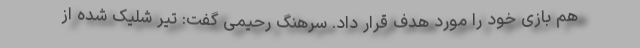
هم بازی خود را مورد هدف قرار داد. سرهنگ رحیمی گفت: تیر شلیک شده از